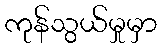
ကုန်သွယ်မှုမှာ